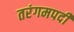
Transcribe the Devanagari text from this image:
तरंगमपदी